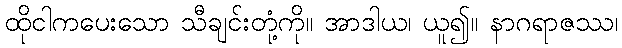
ထိုငါကပေးသော သီချင်းတုံ့ကို။ အာဒါယ၊ ယူ၍။ နာဂရာဇဿ၊